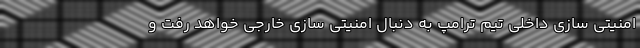
امنیتی سازی داخلی تیم ترامپ به دنبال امنیتی سازی خارجی خواهد رفت و